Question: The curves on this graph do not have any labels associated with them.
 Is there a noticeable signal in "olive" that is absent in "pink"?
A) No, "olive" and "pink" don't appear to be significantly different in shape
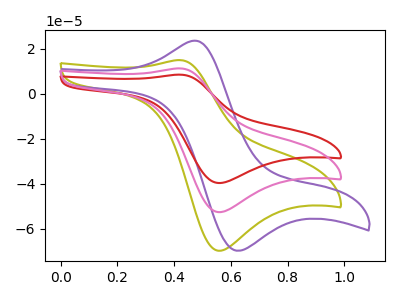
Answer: <think>The olive curve "olive" has an anodic peak at (0.40V, 14.95uA) and a cathodic peak at (0.55V, -69.65uA). The purple curve "purple" has an anodic peak at (0.45V, 23.40uA) and a cathodic peak at (0.60V, -69.60uA). The red curve "red" has an anodic peak at (0.40V, 22.50uA) and a cathodic peak at (0.55V, -105.05uA). The pink curve "pink" has an anodic peak at (0.40V, 11.25uA) and a cathodic peak at (0.55V, -52.50uA).
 All the peaks in "olive" have a peak in "pink" at the same potential. Every peak in "olive" is higher than every peak in "pink".</think>
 <answer>A) No, "olive" and "pink" don't appear to be significantly different in shape</answer>
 <eval>A</eval>